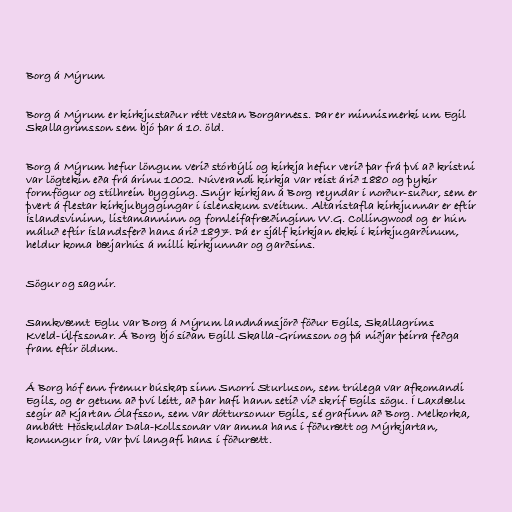
Borg á Mýrum

Borg á Mýrum er kirkjustaður rétt vestan Borgarness. Þar er minnismerki um Egil
Skallagrímsson sem bjó þar á 10. öld.

Borg á Mýrum hefur löngum verið stórbýli og kirkja hefur verið þar frá því að kristni
var lögtekin eða frá árinu 1002. Núverandi kirkja var reist árið 1880 og þykir
formfögur og stílhrein bygging. Snýr kirkjan á Borg reyndar í norður-suður, sem er
þvert á flestar kirkjubyggingar í íslenskum sveitum. Altaristafla kirkjunnar er eftir
Íslandsvininn, listamanninn og fornleifafræðinginn W.G. Collingwood og er hún
máluð eftir Íslandsferð hans árið 1897. Þá er sjálf kirkjan ekki í kirkjugarðinum,
heldur koma bæjarhús á milli kirkjunnar og garðsins.

Sögur og sagnir.

Samkvæmt Eglu var Borg á Mýrum landnámsjörð föður Egils, Skallagríms
Kveld-Úlfssonar. Á Borg bjó síðan Egill Skalla-Grímsson og þá niðjar þeirra feðga
fram eftir öldum.

Á Borg hóf enn fremur búskap sinn Snorri Sturluson, sem trúlega var afkomandi
Egils, og er getum að því leitt, að þar hafi hann setið við skrif Egils sögu. Í Laxdælu
segir að Kjartan Ólafsson, sem var dóttursonur Egils, sé grafinn að Borg. Melkorka,
ambátt Höskuldar Dala-Kollssonar var amma hans í föðurætt og Mýrkjartan,
konungur Íra, var því langafi hans í föðurætt.